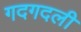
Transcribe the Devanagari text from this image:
गदगदली